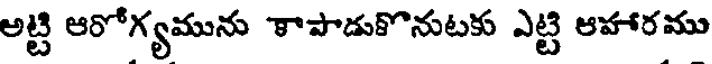
అట్టి ఆరోగ్యమును కాపాడుకొనుటకు ఎట్టి ఆహారము